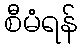
စီမံရန်